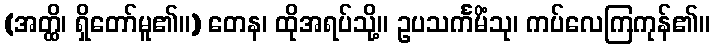
(အတ္ထိ၊ ရှိတော်မူ၏။) တေန၊ ထိုအရပ်သို့။ ဥပသင်္ကမိံသု၊ ကပ်လေကြကုန်၏။